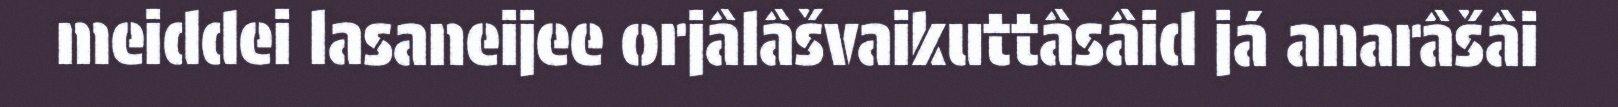
meiddei lasaneijee orjâlâšvaikuttâsâid já anarâšâi